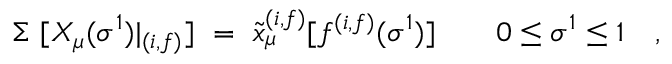
\Sigma ~ [ X _ { \mu } ( \sigma ^ { 1 } ) | _ { ( i , f ) } ] ~ = ~ { \tilde { x } } _ { \mu } ^ { ( i , f ) } [ f ^ { ( i , f ) } ( \sigma ^ { 1 } ) ] \quad \quad 0 \le \sigma ^ { 1 } \le 1 \quad ,